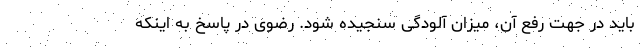
باید در جهت رفع آن، میزان آلودگی سنجیده شود. رضوی در پاسخ به اینکه